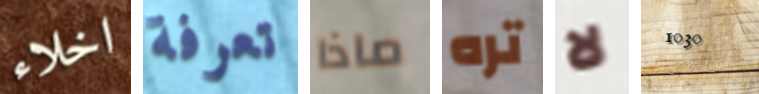
اخلاء تعرفة ماذا تره لا 1030